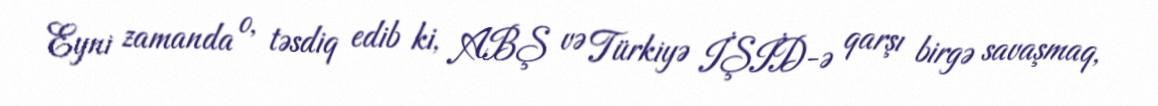
Eyni zamanda o, təsdiq edib ki, ABŞ və Türkiyə İŞİD-ə qarşı birgə savaşmaq,